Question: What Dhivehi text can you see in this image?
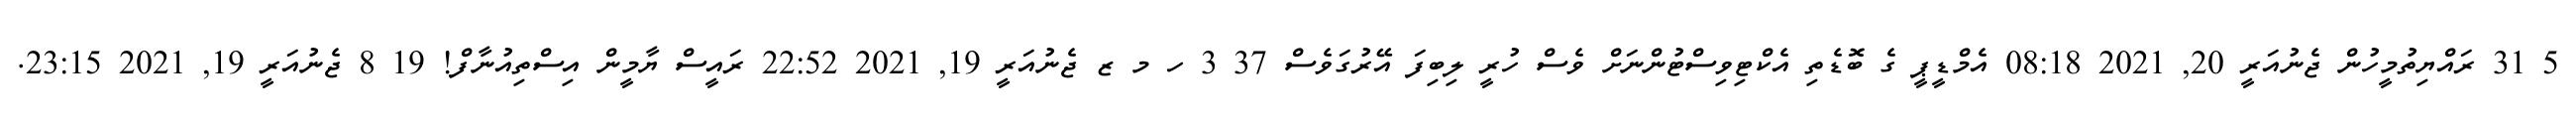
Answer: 5 31 ރައްޔިތުމީހުން ޖެނުއަރީ 20, 2021 08:18 އެމްޑީޕީ ގެ ބޮޑެތި އެކްޓިވިސްޓުންނަށް ވެސް ހުރީ ލިބިފަ އޭރުގަވެސް 37 3 ހ މ ޒ ޖެނުއަރީ 19, 2021 22:52 ރައީސް ޔާމީން އިސްތިއުނާފް! 19 8 ޖެނުއަރީ 19, 2021 23:15.